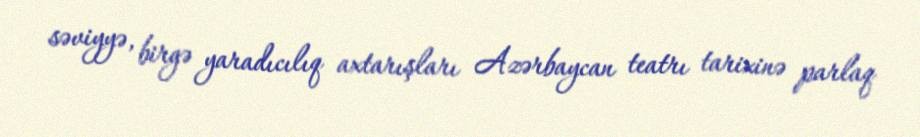
səviyyə, birgə yaradıcılıq axtarışları Azərbaycan teatrı tarixinə parlaq